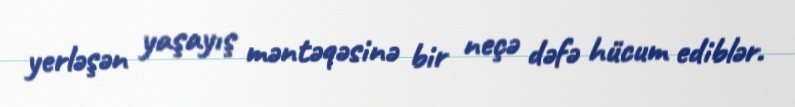
yerləşən yaşayış məntəqəsinə bir neçə dəfə hücum ediblər.